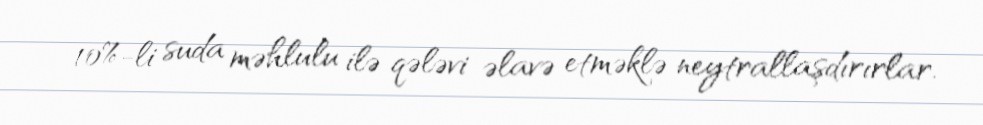
10%-li suda məhlulu ilə qələvi əlavə etməklə neytrallaşdırırlar.